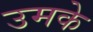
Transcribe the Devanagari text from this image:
उमके